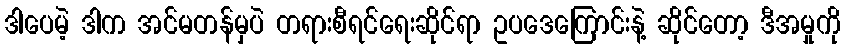
ဒါပေမဲ့ ဒါက အင်မတန်မှပဲ တရားစီရင်ရေးဆိုင်ရာ ဥပဒေကြောင်းနဲ့ ဆိုင်တော့ ဒီအမှုကို